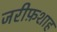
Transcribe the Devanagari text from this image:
जरीफ़शाह